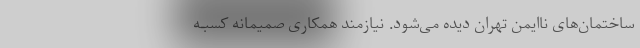
ساختمان‌های ناایمن تهران دیده می‌شود. نیازمند همکاری صمیمانه کسبـه